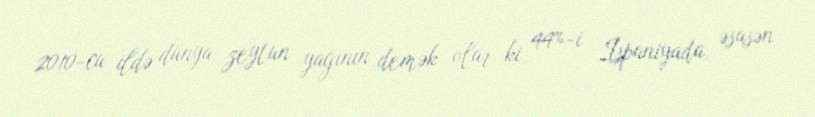
2010-cu ildə dünya zeytun yağının demək olar ki, 44%-i İspaniyada, əsasən